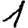
Digit: 1